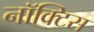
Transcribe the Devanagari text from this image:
नॉक्टिस